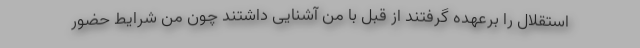
استقلال را برعهده گرفتند از قبل با من آشنایی داشتند چون من شرایط حضور